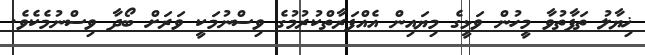
ޚިޔާލު ތަފާތުވާ މީހުން ވަޅީގެ މިޔައިން އެއްފަރާތްކުރުމުގެ ވިސްނުމަކީ ވަރަށް ބޯދާ ވިސްނުމެކެވެ.